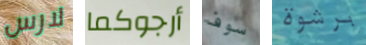
لارس أرجوكما سوف برشوة